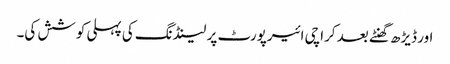
اور ڈیڑھ گھنٹے بعد کراچی ائیرپورٹ پر لینڈنگ کی پہلی کوشش کی۔